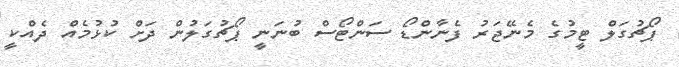
ޕޯޗުގަލް ޓީމުގެ މެނޭޖަރު ފެނާންޑޯ ސަންޓޯސް ބުނަނީ ޕޯޗުގަލުން ދަށް ކުޅުމެއް ދެއްކީ